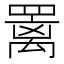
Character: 䍠